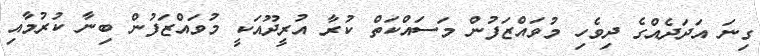
ގިނަ އަދަދެއްގެ ދިވެހި މުވައްޒަފުން މަސައްކަތް ކުރާ އުރީދޫއަކީ މުވައްޒަފުން ބިނާ ކުރުމާއި